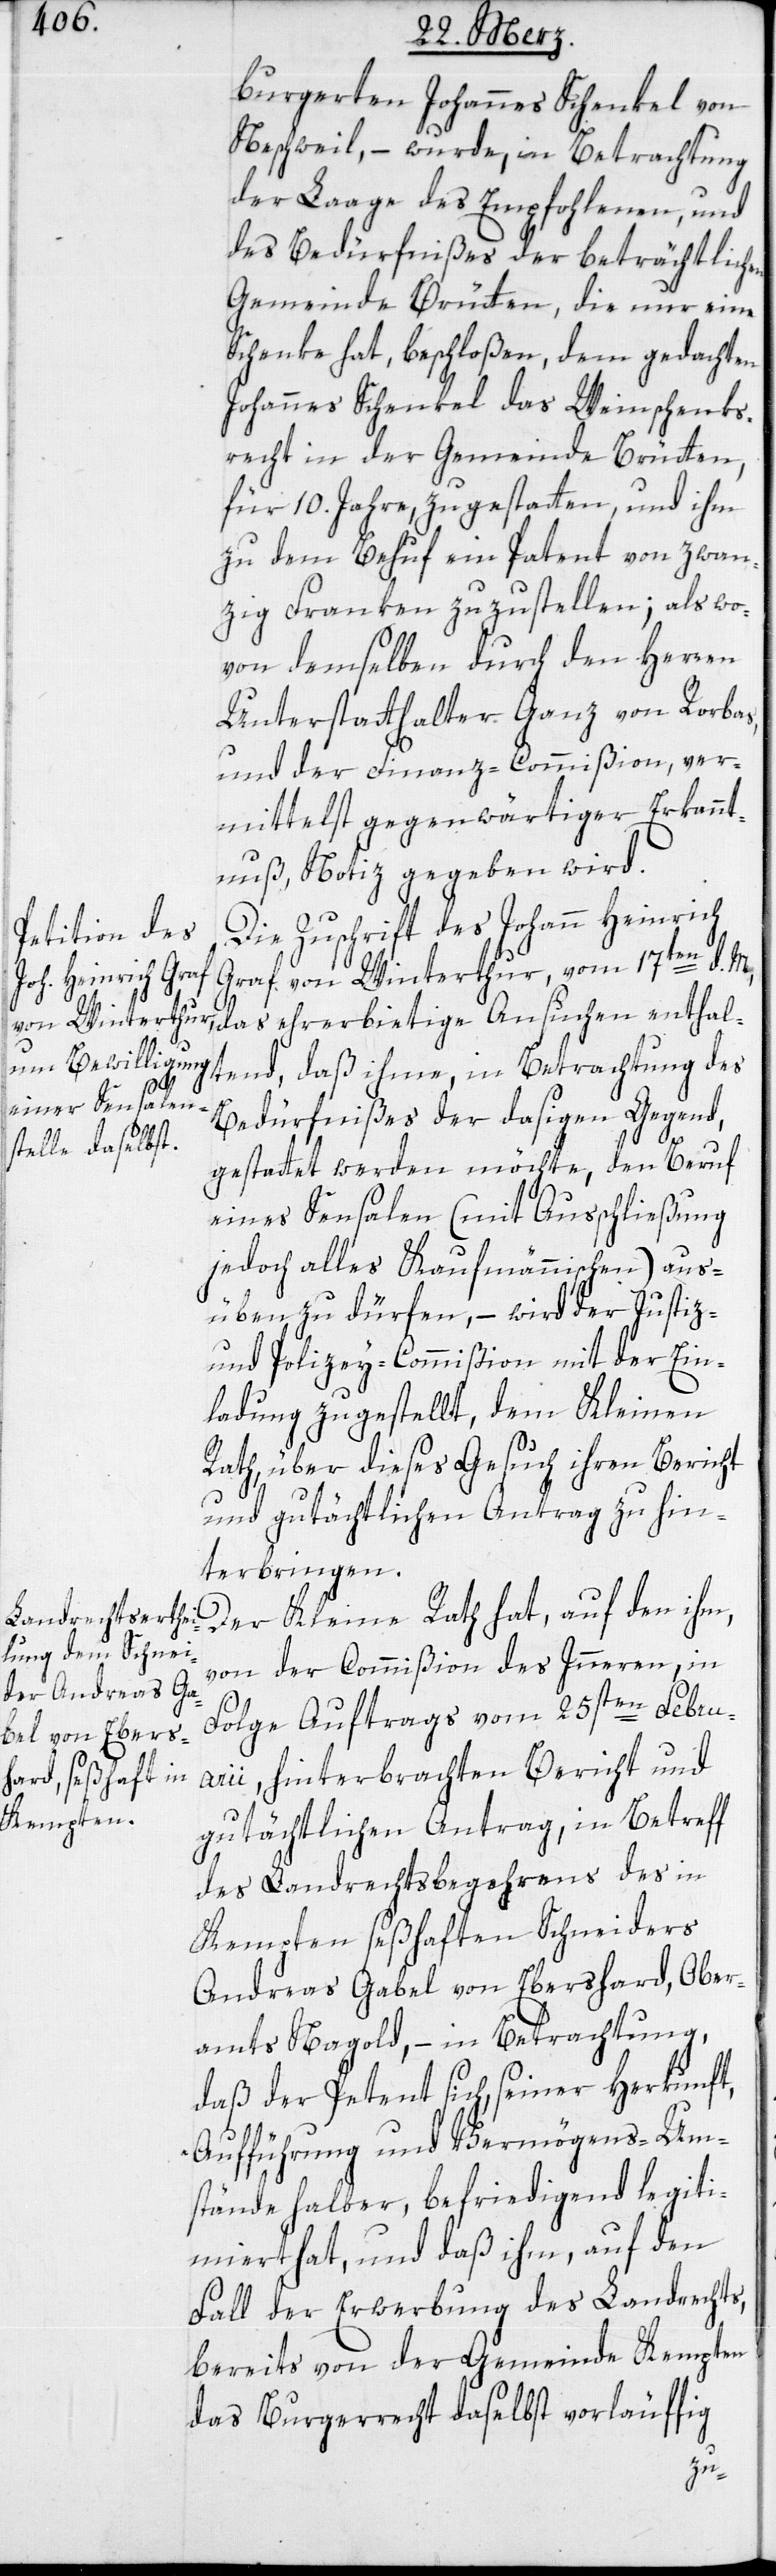
burgerten Johannes Schenkel von
Neschweil, – wurde, in Betrachtung
der Laage des Empfohlenen, und
des Bedürfnißes der beträchtlich¬
Gemeinde Brütten, die nur eine
Schenke hat, beschloßen, dem gedachten
Johannes Schenkel das Weinschenk¬
recht in der Gemeinde Brütten,
für 10. Jahre, zu gestatten, und ihm
zu dem Behuf ein Patent von zwan¬
zig Franken zuzustellen; als wo¬
von demselben durch den Herren
Unterstatthalter Ganz von Rorbas,
und der Finanz-Commißion, ver¬
mittelst gegenwärtiger Erkannt¬
nuß, Notiz gegeben wird.
Die Zuschrift des Johann Heinrich
Graf von Winterthur, vom 17ten d. M.,
das ehrerbietige Ansuchen enthal¬
tend, daß ihme, in Betrachtung des
Bedürfnißes der dasigen Gegend,
en
gestattet werden möchte, den Beruf
eines Sensalen (mit Ausschließung
jedoch alles Kaufmännischen) aus¬
üben zu dürfen, – wird der Justiz-
und Polizey-Commißion mit der Ein¬
ladung zugestellt, dem Kleinen
Rath, über dieses Gesuch ihren Bericht
und gutächtlichen Antrag zu hin¬
terbringen.
Der Kleine Rath hat, auf den ihm,
von der Commißion des Inneren, in
Folge Auftrags vom 25sten Febru¬
arii, hinterbrachten Bericht und
gutächtlichen Antrag, in Betreff
des Landrechtsbegehrens des in
Kempten seßhaften Schneiders
Andreas Gabel von Ebershard, Ober¬
amts Nagold, – in Betrachtung,
daß der Petent sich, seiner Herkunft,
Aufführung und Vermögens-Um¬
stände halber, befriedigend legiti¬
miert hat, und daß ihm, auf den
Falll der Erwerbung des Landrechts,
bereits von der Gemeinde Kempten
das Burgerrecht daselbst vorläuffig